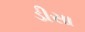
ડીસા